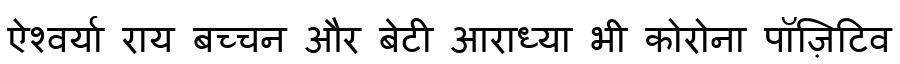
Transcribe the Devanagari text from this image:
ऐश्वर्या राय बच्चन और बेटी आराध्या भी कोरोना पॉज़िटिव